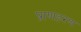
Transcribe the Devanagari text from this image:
प्राणहरण